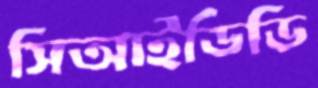
সিআইডিডি